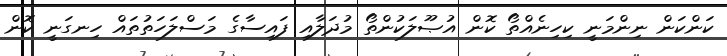
ކަންކަން ނިންމަނީ ކިހިނެއްތޯ ކޮން އުޞޫލަކުންތޯ މުދަލާއި ފައިސާގެ މަސްލަހަތުތައް ހިނގަނީ ކޮން